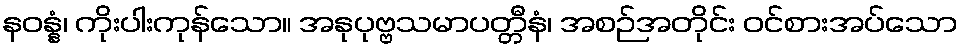
နဝန္နံ၊ ကိုးပါးကုန်သော။ အနုပုဗ္ဗသမာပတ္တီနံ၊ အစဉ်အတိုင်း ဝင်စားအပ်သော